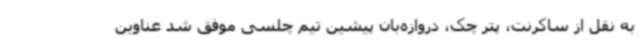
به نقل از ساکرنت، پتر چک، دروازه‌بان پیشین تیم چلسی موفق شد عناوین